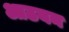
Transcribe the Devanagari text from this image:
आठयन